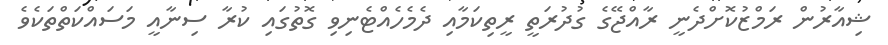
ޝިއާރުން ރަމްޒުކޮށްދެނީ ރާއްޖޭގެ ގުދުރަތީ ރީތިކަމާއި ދެމެހެއްޓެނިވި ގޮތުގައި ކުރާ ސިނާއީ މަސައްކަތްތަކެވެ